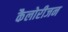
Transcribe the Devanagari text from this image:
कैलोरीजन